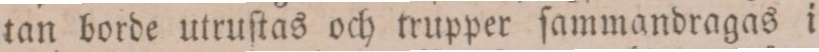
tan borde utruſtas och trupper ſammandragas i